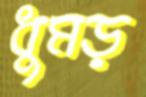
ধুমড়